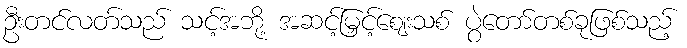
ဦးတင်လတ်သည် သင့်အဘို့ အဆင့်မြှင့်ဈေးသစ် ပွဲတော်တစ်ခုဖြစ်သည့်